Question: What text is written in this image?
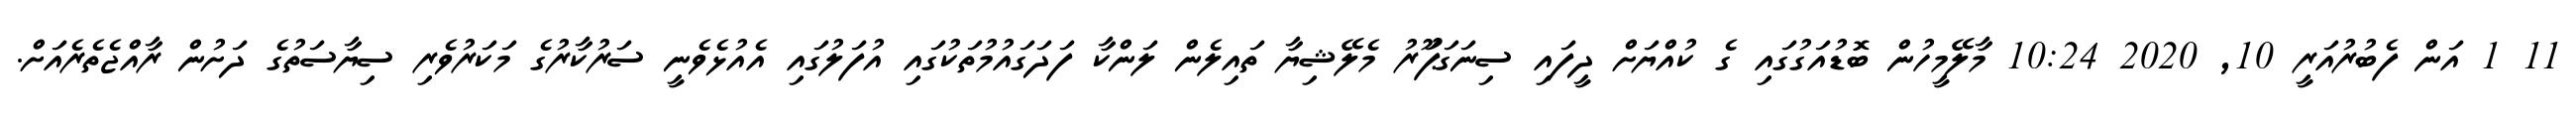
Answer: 11 1 އަން ފެބުރުއަރީ 10, 2020 10:24 މާލޭމީހުން ބޮޑުއަގުގައި ގެ ކުއްޔަށް ދީފައި ސިނަގަޕަޫރު މެލޭޝިޔާ ތައިލެން ލަންކާ ފަދަގައުމުތަކުގައި އުފަލުގައި އެއުޅެވެނީ ސަރުކާރުގެ މަކަރުވެރި ސިޔާސަތުގެ ދަށުން ރާއްޖެތެރެއަށް.